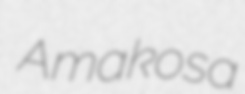
Amakosa